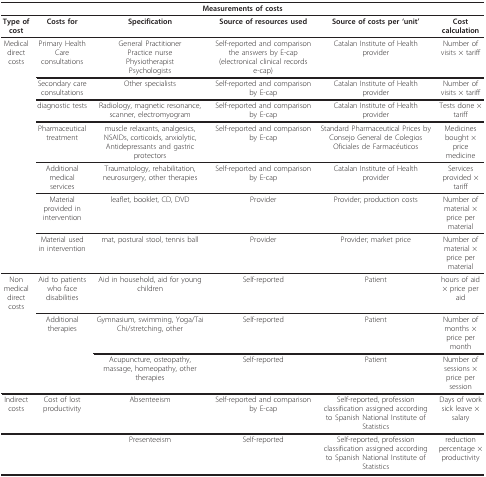
| <COLSPAN=6> Measurements of costs |
 | --- | --- | --- | --- | --- | --- |
 | Type of cost | Costs for | Specification | Source of resources used | Source of costs per 'unit' | Cost calculation |
 | Medical direct costs | Primary Health Care consultations | General PractitionerPractice nursePhysiotherapistPsychologists | Self-reported and comparison the answers by E-cap (electronical clinical records e-cap) | Catalan Institute of Health provider | Number of visits × tariff |
 |  | Secondary care consultations | Other specialists | Self-reported and comparison by E-cap | Catalan Institute of Health provider | Number of visits × tariff |
 |  | diagnostic tests | Radiology, magnetic resonance, scanner, electromyogram | Self-reported and comparison by E-cap | Catalan Institute of Health provider | Tests done × tariff |
 |  | Pharmaceutical treatment | muscle relaxants, analgesics, NSAIDs, corticoids, anxiolytic, Antidepressants and gastric protectors | Self-reported and comparison by E-cap | Standard Pharmaceutical Prices by Consejo General de Colegios Oficiales de Farmacéuticos | Medicines bought × price medicine |
 |  | Additional medical services | Traumatology, rehabilitation, neurosurgery, other therapies | Self-reported and comparison by E-cap | Catalan Institute of Health provider | Services provided × tariff |
 |  | Material provided in intervention | leaflet, booklet, CD, DVD | Provider | Provider; production costs | Number of material × price per material |
 |  | Material used in intervention | mat, postural stool, tennis ball | Provider | Provider; market price | Number of material × price per material |
 | Non medical direct costs | Aid to patients who face disabilities | Aid in household, aid for young children | Self-reported | Patient | hours of aid × price per aid |
 |  | Additional therapies | Gymnasium, swimming, Yoga/Tai Chi/stretching, other | Self-reported | Patient | Number of months × price per month |
 |  |  | Acupuncture, osteopathy, massage, homeopathy, other therapies | Self-reported | Patient | Number of sessions × price per session |
 | Indirect costs | Cost of lost productivity | Absenteeism | Self-reported and comparison by E-cap | Self-reported, profession classification assigned according to Spanish National Institute of Statistics | Days of work sick leave × salary |
 |  |  | Presenteeism | Self-reported | Self-reported, profession classification assigned according to Spanish National Institute of Statistics | reduction percentage × productivity |